Mental hospitals Bombay report 1921-28 - 1921-1928
Year: 1921
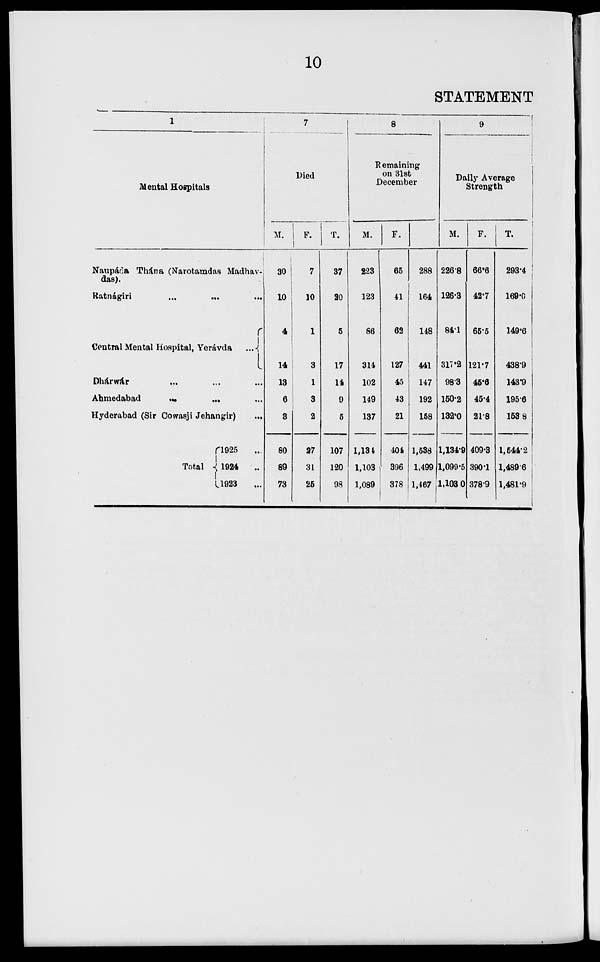
10
STATEMENT
1
Mental Hospitals
Naupáda Thána (Narotamdas Madhav-
das).
Ratnágiri ... ... ...
Central Mental Hospital, Yerávda
...
Dhárwár ... ... ...
Ahmedabad
...
...
...
Hyderabad (Sir Cowasji Jehangir) ...
Total
1925 ...
1924
...
1923
...
7
Died
M.
30
10
4
14
13
6
3
80
89
73
F.
7
10
1
3
1
3
2
27
31
25
T.
37
20
5
17
14
9
5
107
120
98
8
Remaining
on 31st
December
M.
223
123
86
314
102
149
137
1,134
1,103
1,089
F.
65
41
62
127
45
43
21
404
396
378
T.
288
164
148
441
147
192
158
1,538
1,499
1,467
9
Daily Average
Strength
M.
226.8
126.3
84.1
317.2
98.3
150.2
132.0
1,134.9
1,099.5
1,103.0
F.
66.6
42.7
65.5
121.7
45.6
45.4
21.8
409.3
390.1
378.9
T.
293.4
169.0
149.6
438.9
143.9
195.6
153.8
1,544.2
1,489.6
1,481.9